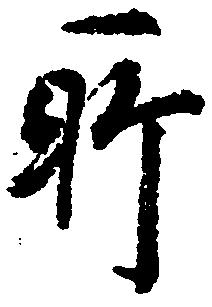
所